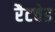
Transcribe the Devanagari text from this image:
रैटचेड